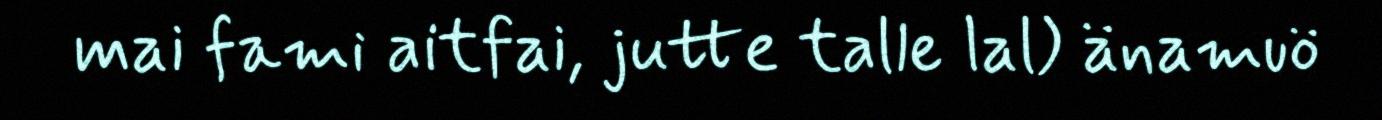
mai fami aitfai, jutte talle lal) änamuö